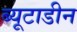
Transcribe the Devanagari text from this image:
ब्यूटाडीन